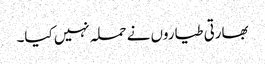
بھارتی طیاروں نے حملہ نہیں کیا۔